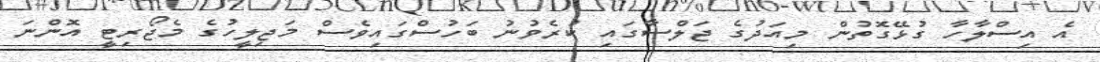
އެ އިސްލާހާ ގުޅޭގޮތުން މިއަދުގެ ޖަލްސާގައި ކުރެވުނު ބަހުސްގައިވެސް މަޖިލީހުގެ މެޖޯރިޓީ އޮންނަ